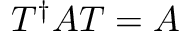
T ^ { \dagger } A T = A